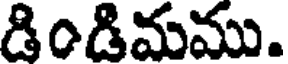
డిండిమము.